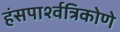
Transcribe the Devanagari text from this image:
हंसपार्श्वत्रिकोणे